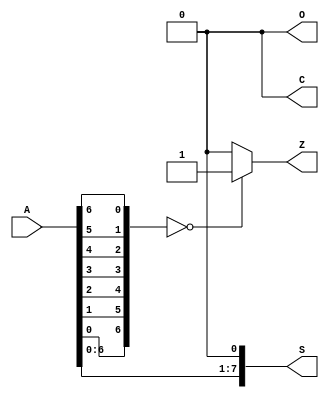
module shift_left(A,S,Z,C,O);
input wire [7:0] A;
output reg [7:0] S;
output reg Z,C,O;

 always @(*)
 begin
S[7:1]=A[6:0];
S[0]=0;
C=0;
O=0;
case({S[0],S[1],S[2],S[3],S[4],S[5],S[6],S[7]})
8'b00000000: Z=1;
default : Z=0;
endcase

end
endmodule